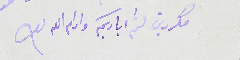
مكررين لثم اياديكم وادام الله بقاك